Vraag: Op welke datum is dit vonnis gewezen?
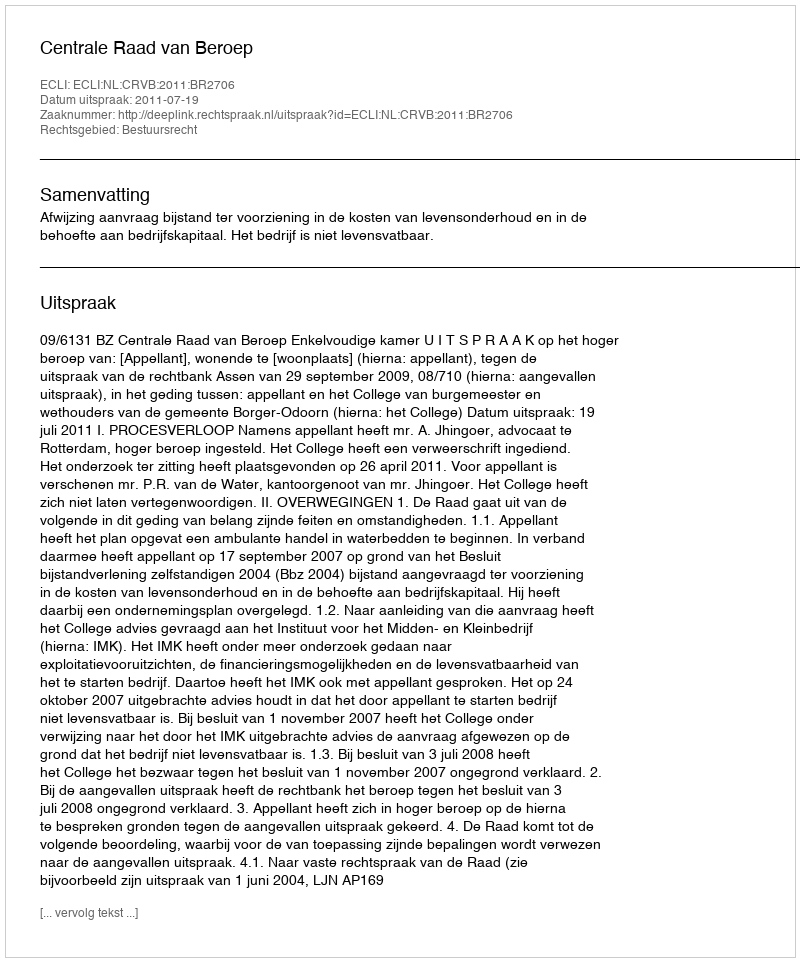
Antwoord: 2011-07-19